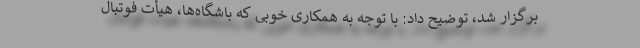
برگزار شد، توضیح داد: با توجه به همکاری خوبی که باشگاه‌ها، هیأت فوتبال